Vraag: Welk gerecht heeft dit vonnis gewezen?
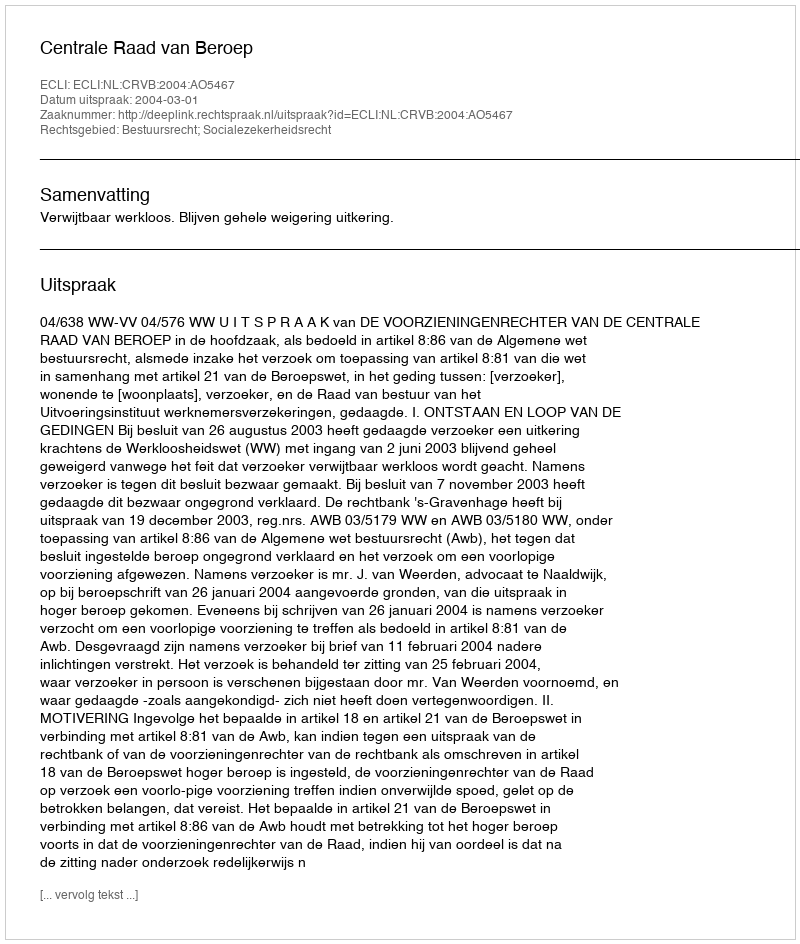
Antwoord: Centrale Raad van Beroep